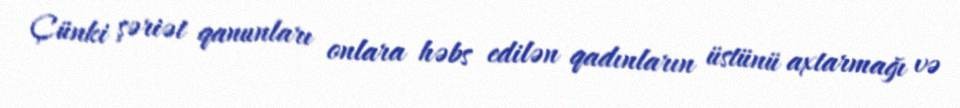
Çünki şəriət qanunları onlara həbs edilən qadınların üstünü axtarmağı və